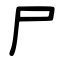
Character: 尸